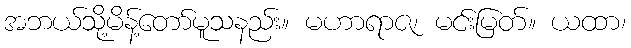
အဘယ်သို့မိန့်တော်မူသနည်း။ မဟာရာဇ၊ မင်းမြတ်။ ယထာ၊